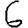
Digit: 6